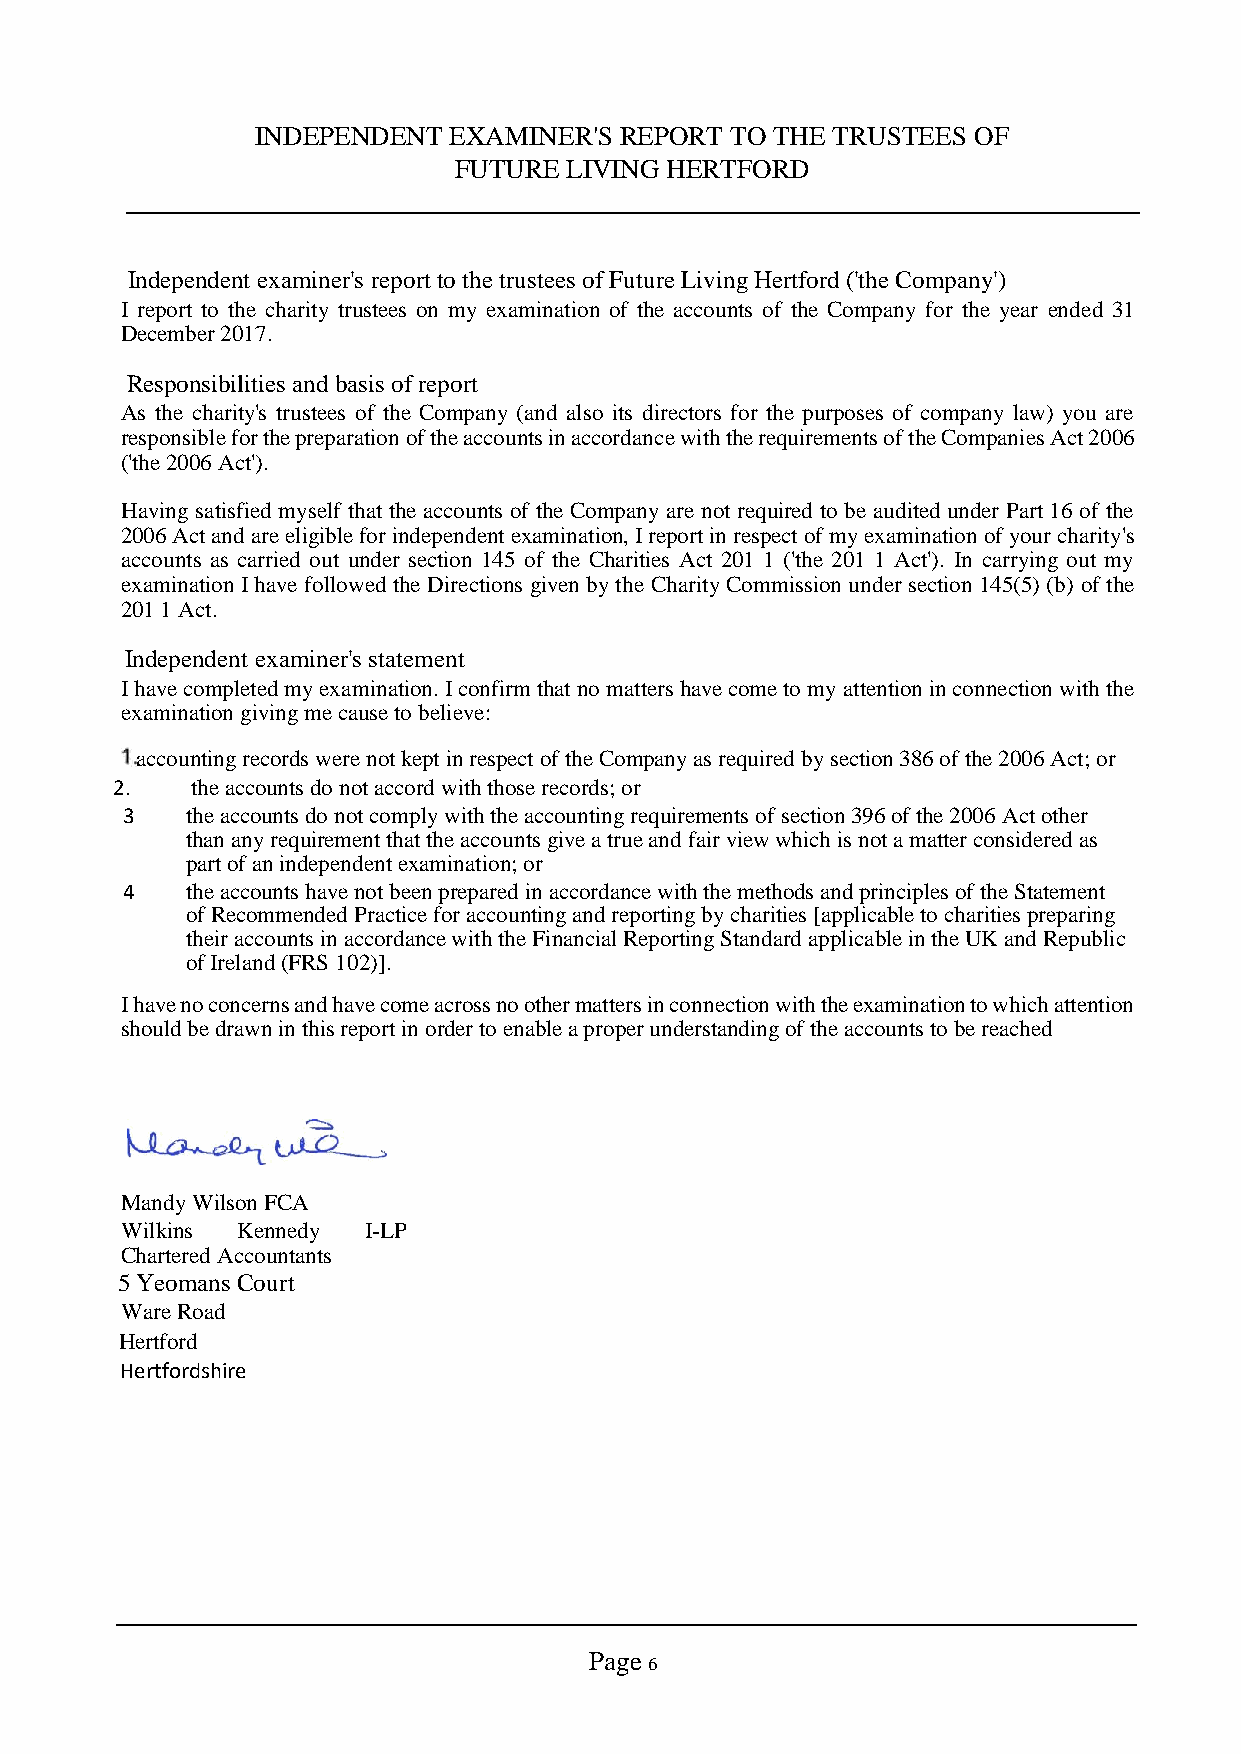
INDEPENDENT  EXAMINER'S REPORT TO THE TRUSTEES OF
 FUTURE  LIVING HERTFORD
 Independent examiner's report to the trustees of Future Living Hertford ('the Company')
 I report to the charity trustees on my examination of the accounts of the Company for the year ended 31
 December 2017.
 Responsibilities and basis of report
 As the charity's trustees of the Company (and also its directors for the purposes of company law) you are
 responsible for the preparation of the accounts in accordance with the requirements of the Companies Act 2006
 ('the 2006 Act').
 Having satisfied myself that the accounts of the Company are not required to be audited under Part 16 of the
 2006 Act and are eligible for independent examination, I report in respect of my examination of your charity's
 accounts as carried out under section 145 of the Charities Act 201 1 ('the 201 1 Act'). In carrying out my
 examination I have followed the Directions given by the Charity Commission under section 145(5) (b) of the
 201 1 Act.
 Independent examiner's statement
 I have completed my examination. I confirm that no matters have come to my attention in connection with the
 examination giving me cause to believe:
 accounting records were not kept in respect of the Company as required by section 386 of the 2006 Act; or
 2.    the accounts do not accord with those records; or
 3   the accounts do not comply with the accounting requirements of section 396 of the 2006 Act other
 than any requirement that the accounts give a true and fair view which is not a matter considered as
 part of an independent examination; or
 4   the accounts have not been prepared in accordance with the methods and principles of the Statement
 of Recommended Practice for accounting and reporting by charities [applicable to charities preparing
 their accounts in accordance with the Financial Reporting Standard applicable in the UK and Republic
 of Ireland (FRS 102)].
 I have no concerns and have come across no other matters in connection with the examination to which attention
 should be drawn in this report in order to enable a proper understanding of the accounts to be reached
 Mandy Wilson FCA
 Wilkins Kennedy I-LP
 Chartered Accountants
 5 Yeomans Court
 Ware Road
 Hertford
 Hertfordshire
 Page
 6